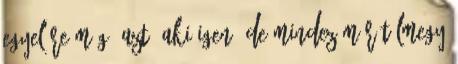
egyelőre még? azt, aki igen. De mindez már túlmegy